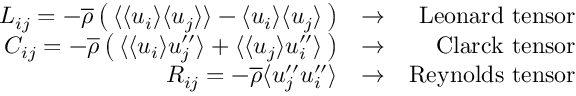
\begin{array} { r l r } { L _ { i j } = - \overline { { \rho } } \left( \, \langle { \langle u _ { i } \rangle \langle u _ { j } \rangle } \rangle - \langle u _ { i } \rangle \langle u _ { j } \rangle \, \right) } & { \rightarrow } & { \mathrm { L e o n a r d ~ t e n s o r } } \\ { C _ { i j } = - \overline { { \rho } } \left( \, \langle { \langle u _ { i } \rangle u _ { j } ^ { \prime \prime } } \rangle + \langle { \langle u _ { j } \rangle u _ { i } ^ { \prime \prime } } \rangle \, \right) } & { \rightarrow } & { \mathrm { C l a r c k ~ t e n s o r } } \\ { R _ { i j } = - \overline { { \rho } } \langle { u _ { j } ^ { \prime \prime } u _ { i } ^ { \prime \prime } } \rangle } & { \rightarrow } & { \mathrm { R e y n o l d s ~ t e n s o r } } \end{array}